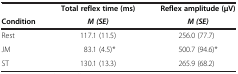
<table><thead><tr><td><b> </b></td><td><b>Total reflex time (ms)</b></td><td><b>Reflex amplitude (μV)</b></td></tr><tr><td><b>Condition</b></td><td><b><i>M (SE)</i></b></td><td><b><i>M (SE)</i></b></td></tr></thead><tbody><tr><td>Rest</td><td>117.1 (11.5)</td><td>256.0 (77.7)</td></tr><tr><td>JM</td><td>83.1 (4.5)*</td><td>500.7 (94.6)*</td></tr><tr><td>ST</td><td>130.1 (13.3)</td><td>265.9 (68.2)</td></tr></tbody></table>